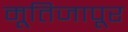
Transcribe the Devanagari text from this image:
मूतिजापूर